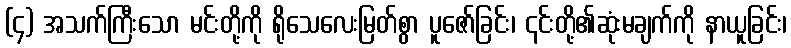
(၄) အသက်ကြီးသော မင်းတို့ကို ရိုသေလေးမြတ်စွာ ပူဇော်ခြင်း၊ ၎င်းတို့၏ဆုံးမချက်ကို နာယူခြင်း၊